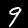
Label: 9